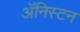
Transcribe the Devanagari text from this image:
ॲनिस्टन